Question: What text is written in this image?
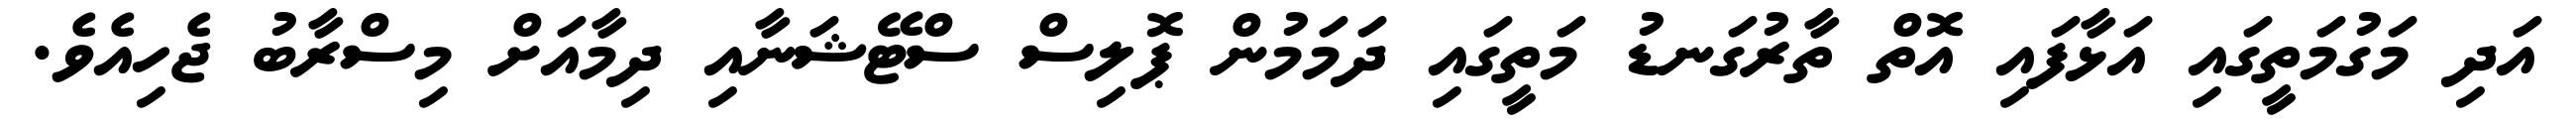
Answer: އަދި މަގުމަތީގައި އަޅާފައި އޮތް ތާރުގަނޑު މަތީގައި ދަމަމުން ޕޮލިސް ސްޓޭޝަނާއި ދިމާއަށް މިސްރާބު ޖެހިއެވެ.